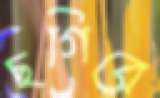
ছগিরে